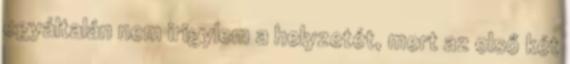
egyáltalán nem irigylem a helyzetét, mert az első két